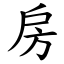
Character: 房